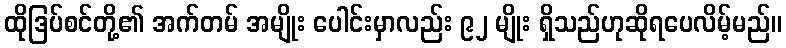
ထိုဒြပ်စင်တို့၏ အက်တမ် အမျိုး ပေါင်းမှာလည်း ၉၂ မျိုး ရှိသည်ဟုဆိုရပေလိမ့်မည်။